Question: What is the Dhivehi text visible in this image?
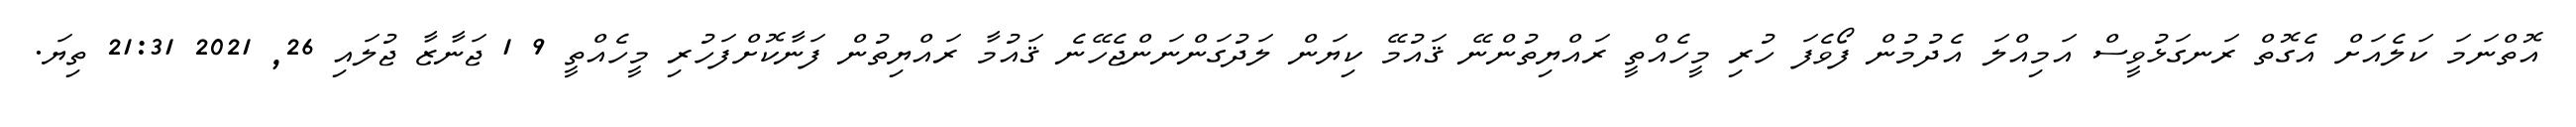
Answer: އޮތްނަމަ ކަލެއަށް އެގޮތް ރަނގަޅުވީސް އަމިއްލަ އެދުމުން ފޯވެފަ ހުރި މީހެއްތީ ރައްޔިތުންނޭ ޤައުމޭ ކިޔަން ލަދުގަންނަންޖެހޭނެ ޤައުމާ ރައްޔިތުން ފަނާކޮށްފަހުރި މީހެއްތީ 9 1 ޖަނާޒާ ޖުލައި 26, 2021 21:31 ތިޔަ.